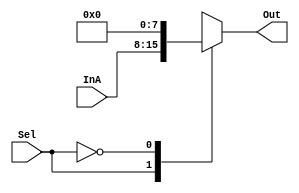
module Mux1 #(parameter WIDTH=8) (
    input [WIDTH-1:0] InA,
    input Sel,
    output reg [WIDTH-1:0] Out);

    always @(*)
    begin
        case (Sel)
        1: Out = InA;
        0: Out = {WIDTH{1'b0}};
        default: Out = {WIDTH{1'bz}};
        endcase
    end
endmodule